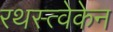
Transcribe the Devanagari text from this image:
रथस्त्वेकेन